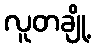
လူတချို့